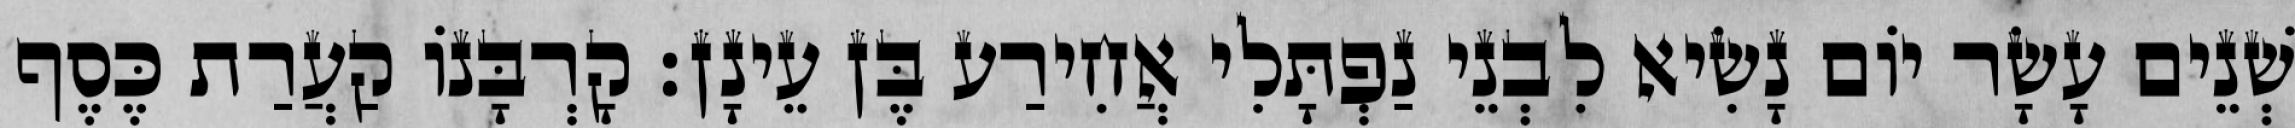
שְׁנֵים עָשָׂר יוֹם נָשִׂיא לִבְנֵי נַפְתָּלִי אֲחִירַע בֶּן עֵינָן׃ קָרְבָּנוֹ קַעֲרַת כֶּסֶף